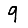
Digit: 9